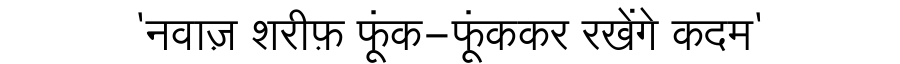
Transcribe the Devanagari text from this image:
'नवाज़ शरीफ़ फूंक-फूंककर रखेंगे कदम'